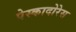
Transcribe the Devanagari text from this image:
पेस्कादोरेस